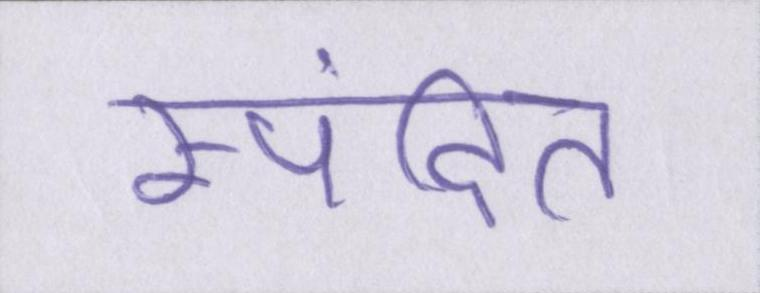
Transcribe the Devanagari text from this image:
स्पंदित